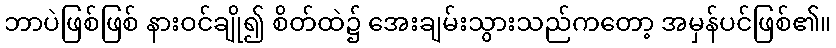
ဘာပဲဖြစ်ဖြစ် နားဝင်ချို၍ စိတ်ထဲ၌ အေးချမ်းသွားသည်ကတော့ အမှန်ပင်ဖြစ်၏။